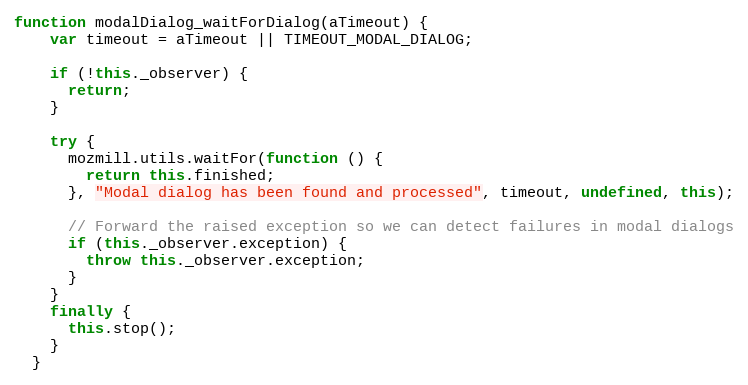
Language: JavaScript
function modalDialog_waitForDialog(aTimeout) {
    var timeout = aTimeout || TIMEOUT_MODAL_DIALOG;

    if (!this._observer) {
      return;
    }

    try {
      mozmill.utils.waitFor(function () {
        return this.finished;
      }, "Modal dialog has been found and processed", timeout, undefined, this);

      // Forward the raised exception so we can detect failures in modal dialogs
      if (this._observer.exception) {
        throw this._observer.exception;
      }
    }
    finally {
      this.stop();
    }
  }